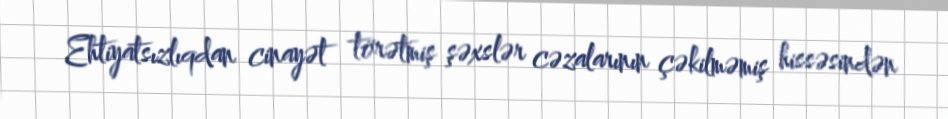
Ehtiyatsızlıqdan cinayət törətmiş şəxslər cəzalarının çəkilməmiş hissəsindən